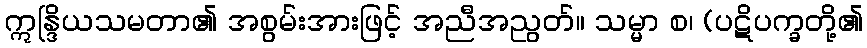
ဣန္ဒြိယသမတာ၏ အစွမ်းအားဖြင့် အညီအညွတ်။ သမ္မာ စ၊ (ပဋိပက္ခတို့၏